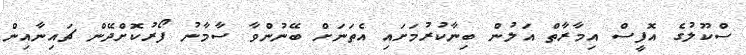
ސްކޫލުގެ އޮފީސް އިމާރާތް އަލުން ބިނާކުރުމަށައި އެތަނަށް ބޭނުންވާ ސާމާނު ފޯރުކޮށްދޭން ޗައިނާއިން